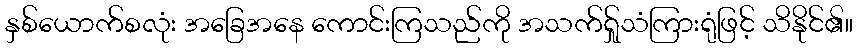
နှစ်ယောက်စလုံး အခြေအနေ ကောင်းကြသည်ကို အသက်ရ်ှုသံကြားရုံဖြင့် သိနိုင်၏။